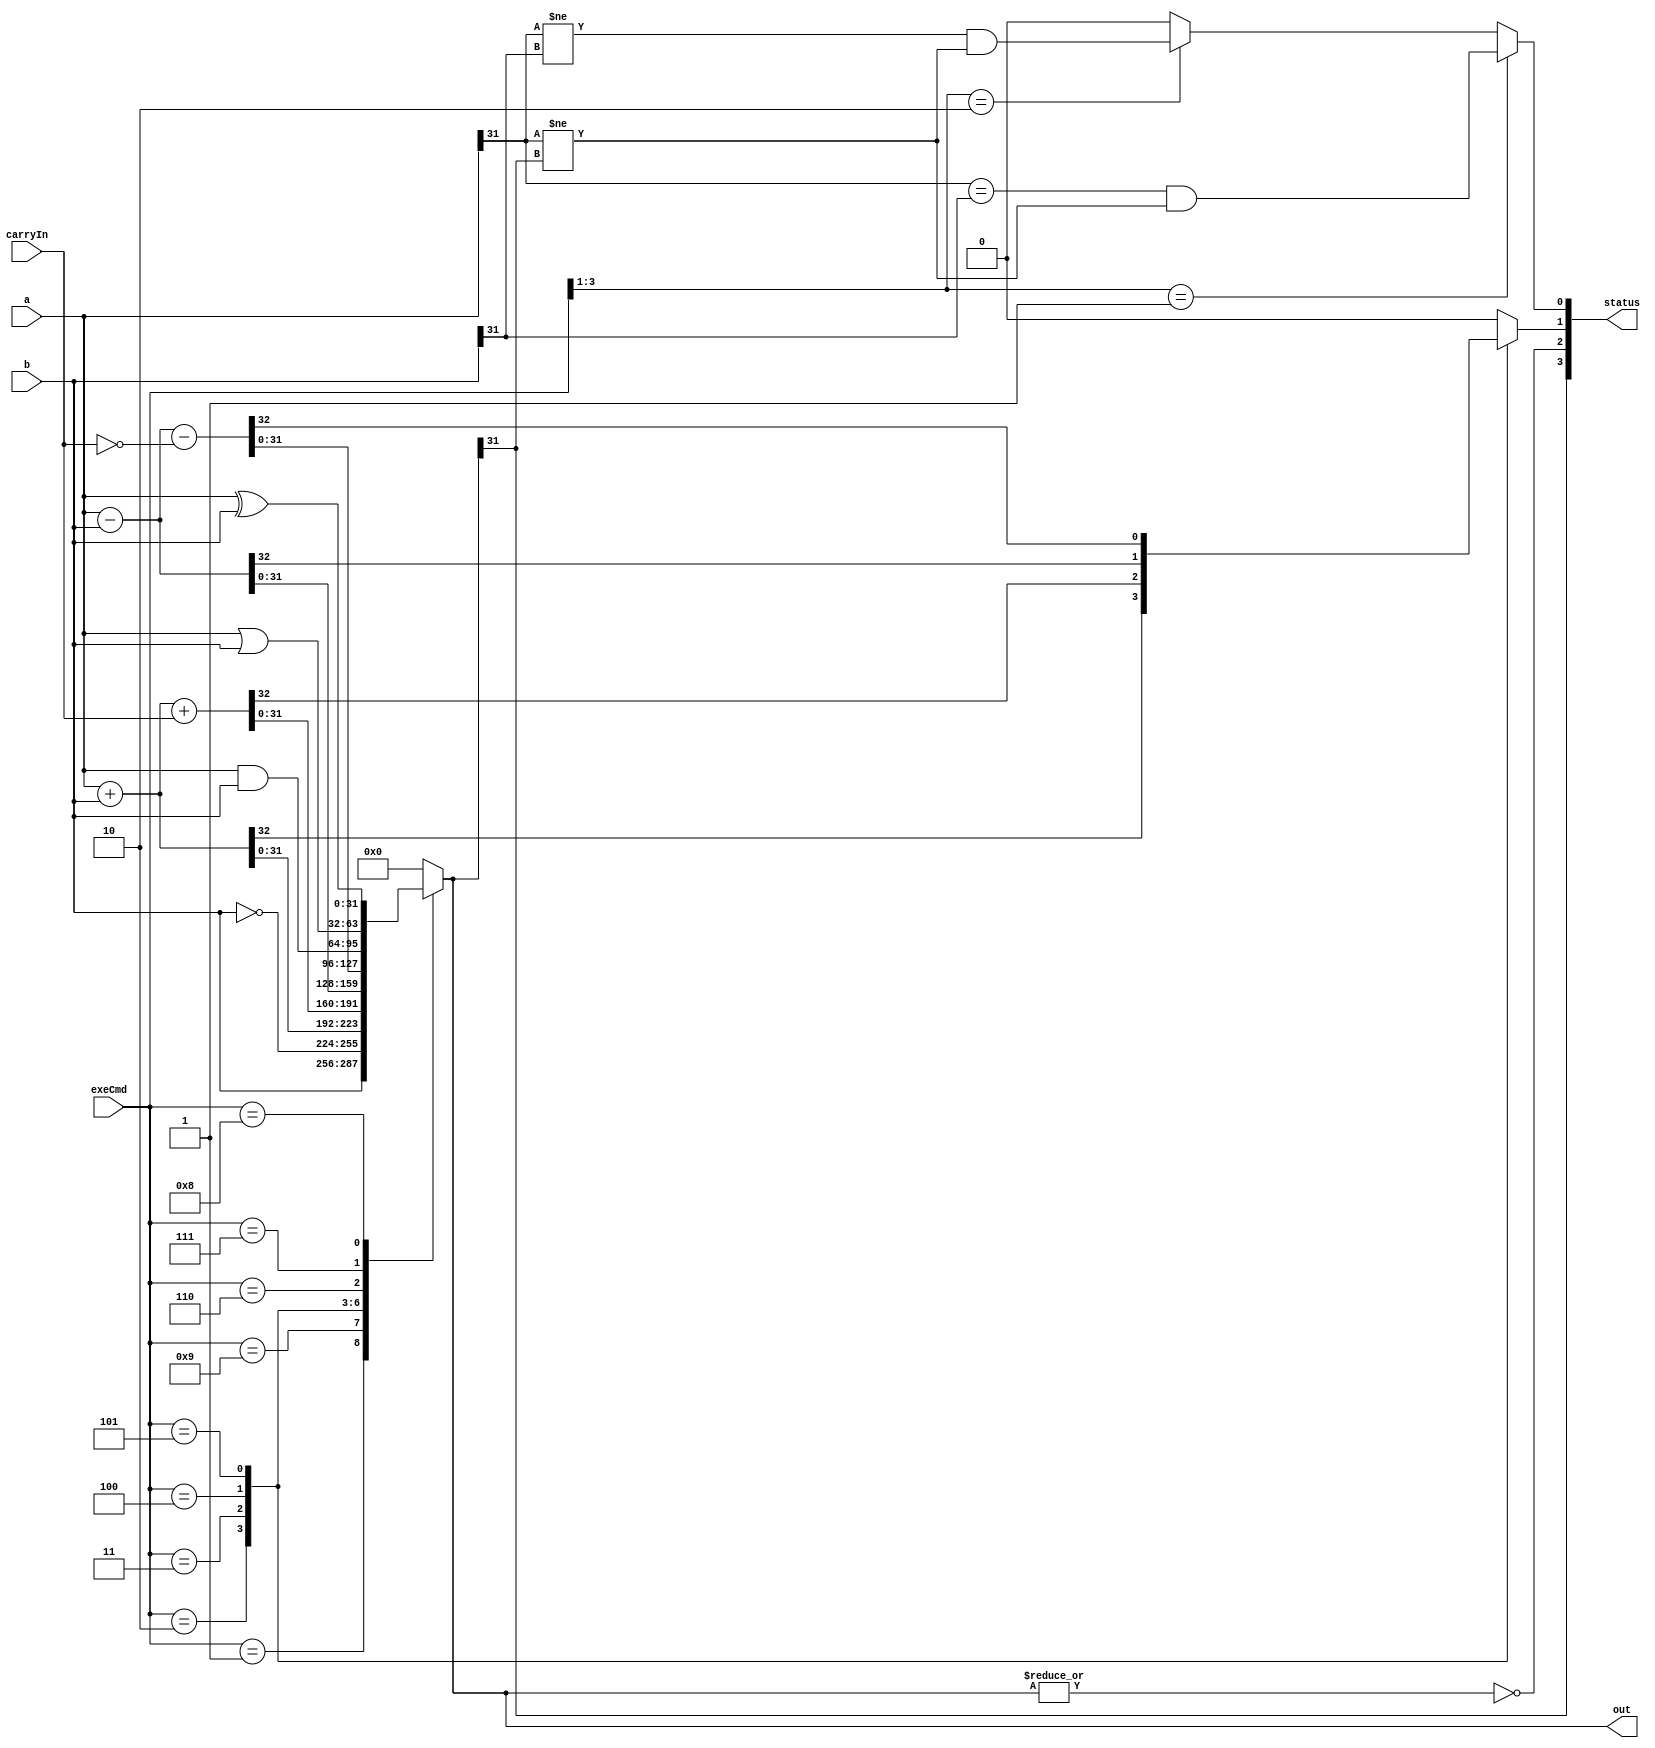
module ALU #(
    parameter N = 32
)(
    input [N-1:0] a, b,
    input carryIn,
    input [3:0] exeCmd,
    output reg [N-1:0] out,
    output [3:0] status
);
    reg c, v;
    wire z, n;
    assign status = {n, z, c, v};
    assign z = ~|out;
    assign n = out[N-1];

    wire [N-1:0] carryExt, nCarryExt;
    assign carryExt = {{(N-1){1'b0}}, carryIn};
    assign nCarryExt = {{(N-1){1'b0}}, ~carryIn};

    always @(exeCmd or a or b or carryIn) begin
        out = {N{1'b0}};
        c = 1'b0;

        case (exeCmd)
            4'b0001: out = b;                      // MOV
            4'b1001: out = ~b;                     // MVN
            4'b0010: {c, out} = a + b;             // ADD
            4'b0011: {c, out} = a + b + carryExt;  // ADC
            4'b0100: {c, out} = a - b;             // SUB
            4'b0101: {c, out} = a - b - nCarryExt; // SBC
            4'b0110: out = a & b;                  // AND
            4'b0111: out = a | b;                  // ORR
            4'b1000: out = a ^ b;                  // EOR
            default: out = {N{1'b0}};
        endcase

        v = 1'b0;
        if (exeCmd[3:1] == 3'b001) begin      // ADD, ADC
            v = (a[N-1] == b[N-1]) && (a[N-1] != out[N-1]);
        end
        else if (exeCmd[3:1] == 3'b010) begin // SUB, SBC
            v = (a[N-1] != b[N-1]) && (a[N-1] != out[N-1]);
        end
    end
endmodule